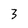
Character: 3